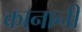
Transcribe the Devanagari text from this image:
कानानी